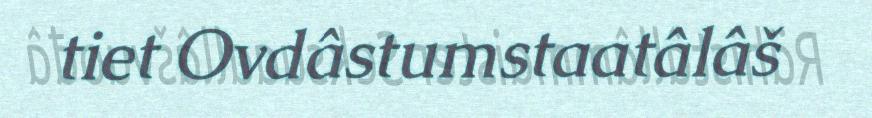
tiet Ovdâstumstaatâlâš